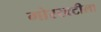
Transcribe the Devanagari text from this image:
गोरखटीला